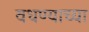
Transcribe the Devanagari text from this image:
वधण्याच्या